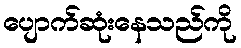
ပျောက်ဆုံးနေသည်ကို